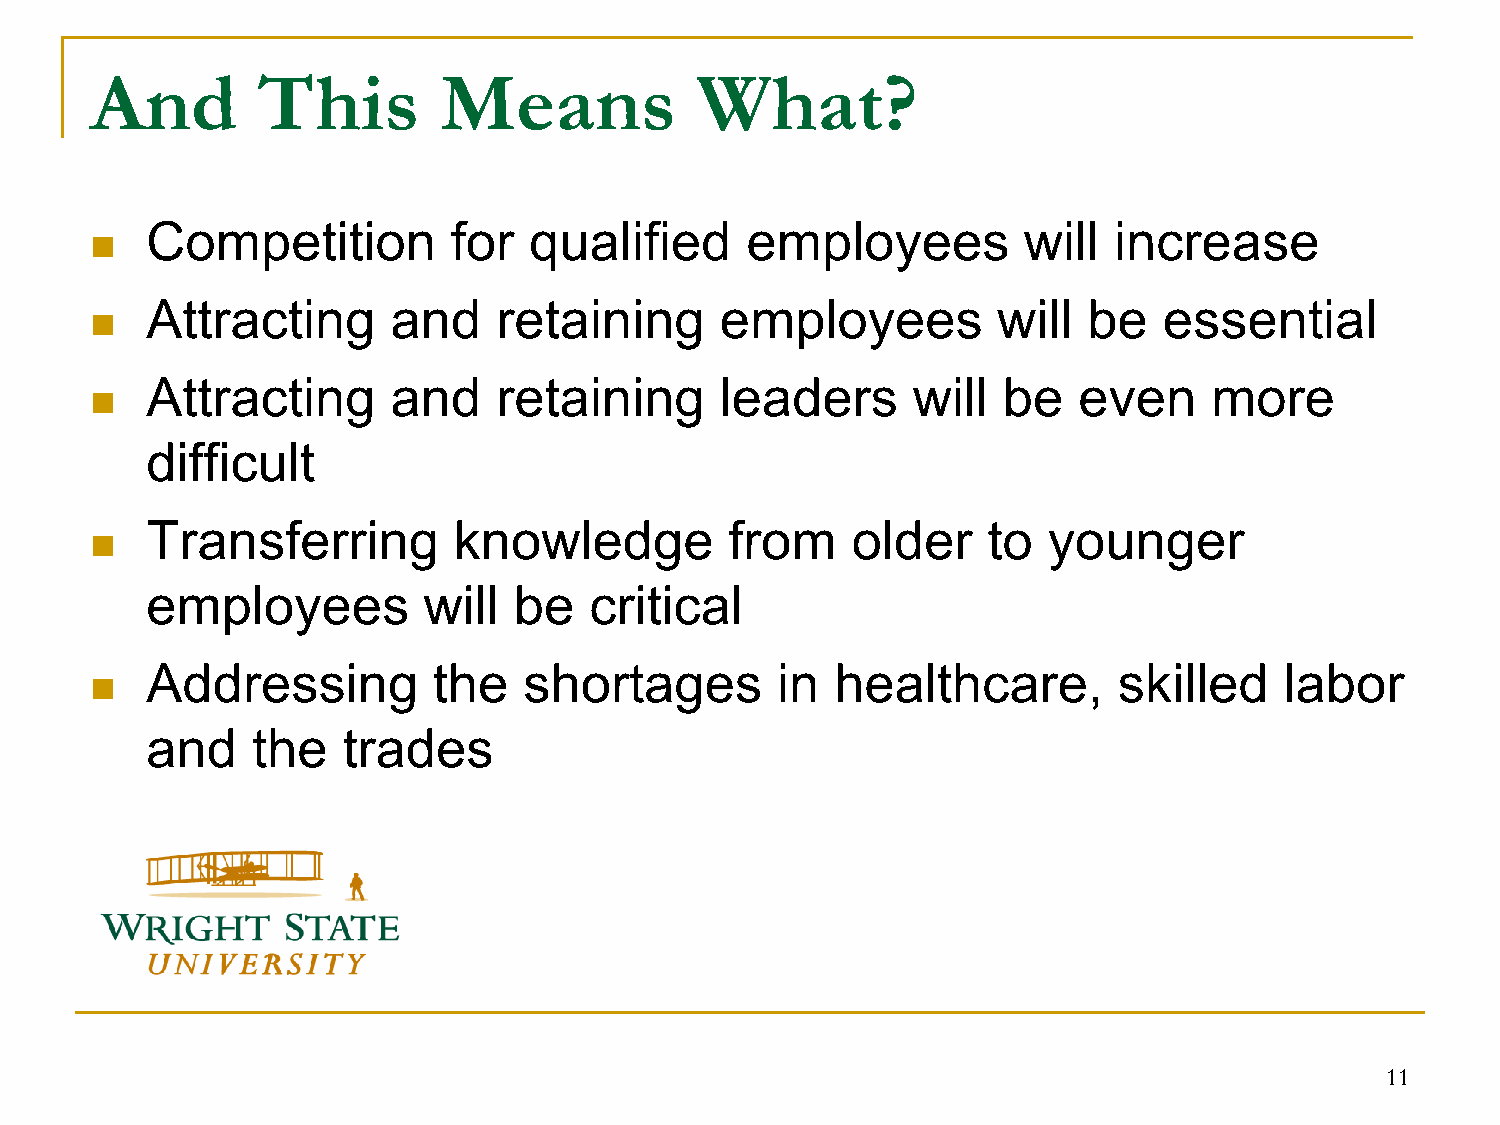
And        This        Means            What?
 Competition         for  qualified     employees          will  increase
 
 Attracting      and    retaining      employees         will  be   essential
 
 Attracting      and    retaining      leaders     will  be   even     more
 
 difficult
 Transferring        knowledge         from    older    to  younger
 
 employees         will  be   critical
 Addressing         the   shortages       in  healthcare,        skilled    labor
 
 and    the   trades
 11